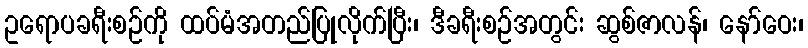
ဥရောပခရီးစဉ်ကို ထပ်မံအတည်ပြုလိုက်ပြီး၊ ဒီခရီးစဉ်အတွင်း ဆွစ်ဇာလန်၊ နော်ဝေး၊